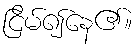
ငြိမ်၍နေ၏။